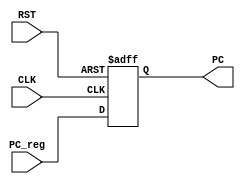
module PC #(parameter PC_WIDTH = 32)
(
input                          CLK ,RST,
input      [PC_WIDTH - 1 : 0]   PC_reg ,
output reg [PC_WIDTH - 1 : 0]   PC 
);

always @( posedge CLK or negedge RST )
begin
if (!RST)
  PC <= 32'b0 ;
else 
  PC <= PC_reg ;
end

endmodule